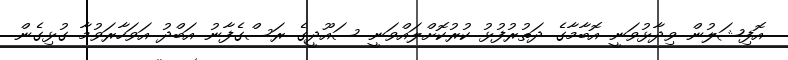
އޮފިޝަލުން ވިދާޅުވަނީ އޮބާމާގެ ދަތުރުފުޅު ކުރުކޮށްލައްވަނީ ސައޫދީގެ ރަސްގެފާނު އަބްދު އަވަހާރަވުމާ ގުޅިގެން